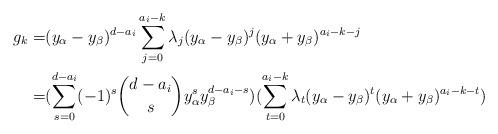
LaTeX: \begin{align*} g_k=&(y_\alpha-y_\beta)^{d-a_i}\sum_{j=0}^{a_i-k}\lambda_j(y_\alpha-y_\beta)^j(y_\alpha+y_\beta)^{a_i-k-j}\\=&(\sum_{s=0}^{d-a_i}(-1)^s\binom{d-a_i}{s}y^s_\alpha y^{d-a_i-s}_\beta)( \sum_{t=0}^{a_i-k}\lambda_t(y_\alpha-y_\beta)^t(y_\alpha+y_\beta)^{a_i-k-t}) \end{align*}